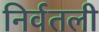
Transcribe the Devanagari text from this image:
निर्वतली